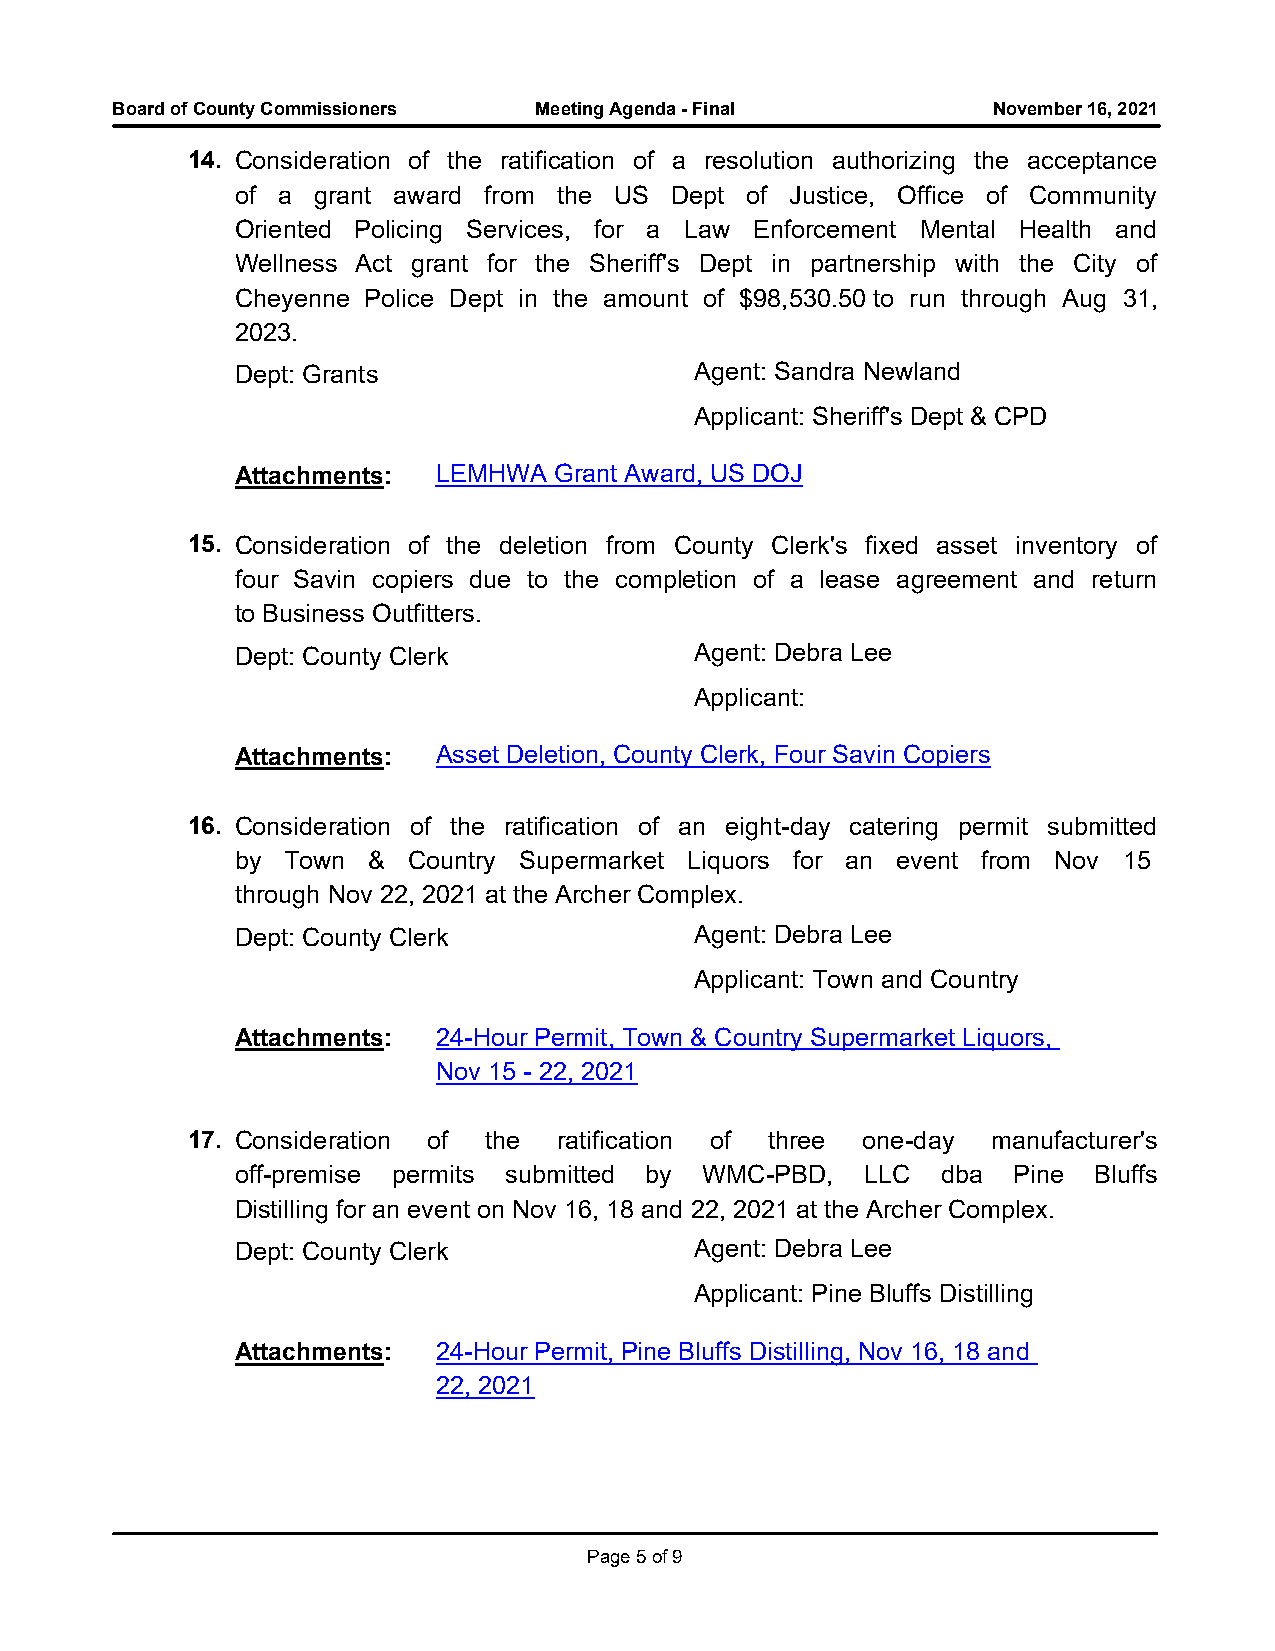
Board of County Commissioners Meeting Agenda - Final       November 16, 2021
 14. Consideration of the ratification of a resolution authorizing the acceptance
 of a grant award from the US Dept of Justice, Office of Community
 Oriented Policing Services, for a Law Enforcement Mental Health and
 Wellness Act grant for the Sheriff's Dept in partnership with the City of
 Cheyenne Police Dept in the amount of $98,530.50 to run through Aug 31,
 2023.
 Dept: Grants                  Agent: Sandra Newland
 Applicant: Sheriff's Dept & CPD
 Attachments: LEMHWA  Grant Award, US DOJ
 15. Consideration of the deletion from County Clerk's fixed asset inventory of
 four Savin copiers due to the completion of a lease agreement and return
 to Business Outfitters.
 Dept: County Clerk            Agent: Debra Lee
 Applicant:
 Attachments: Asset Deletion, County Clerk, Four Savin Copiers
 16. Consideration of the ratification of an eight-day catering permit submitted
 by Town &  Country Supermarket Liquors for an event from Nov 15
 through Nov 22, 2021 at the Archer Complex.
 Dept: County Clerk            Agent: Debra Lee
 Applicant: Town and Country
 Attachments: 24-Hour Permit, Town & Country Supermarket Liquors,
 Nov 15 - 22, 2021
 17. Consideration of the ratification of three one-day manufacturer's
 off-premise permits submitted by WMC-PBD, LLC dba  Pine Bluffs
 Distilling for an event on Nov 16, 18 and 22, 2021 at the Archer Complex.
 Dept: County Clerk            Agent: Debra Lee
 Applicant: Pine Bluffs Distilling
 Attachments: 24-Hour Permit, Pine Bluffs Distilling, Nov 16, 18 and
 22, 2021
 Page 5 of 9